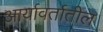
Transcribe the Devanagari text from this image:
आर्यावर्तातील